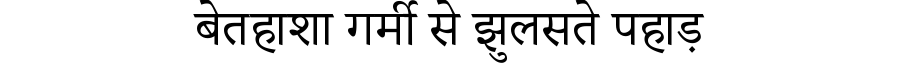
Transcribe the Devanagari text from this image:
बेतहाशा गर्मी से झुलसते पहाड़